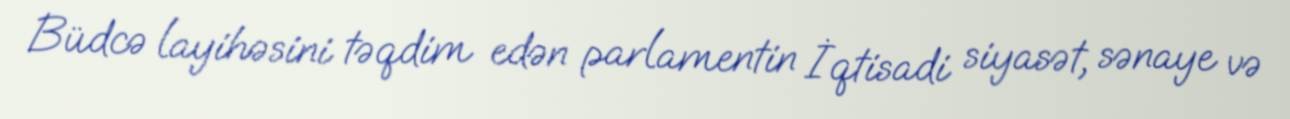
Büdcə layihəsini təqdim edən parlamentin İqtisadi siyasət, sənaye və